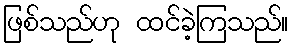
ဖြစ်သည်ဟု ထင်ခဲ့ကြသည်။